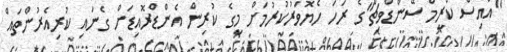
"އައިސް ކްރީމް ސޭންޑްވިޗް"ގެ ރަހަ ހެޔޮވަރުކުރުމަށް މީގެ ކުރިން އެންޑްރޮއިޑަށް ގެނައި ކުރިއެރުންތައް